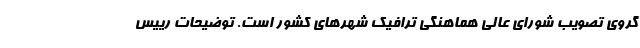
گروی تصویب شورای عالی هماهنگی ترافیک شهرهای کشور است. توضیحات رییس